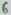
Text: 6